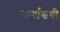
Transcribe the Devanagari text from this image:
मार्गाश्वयी